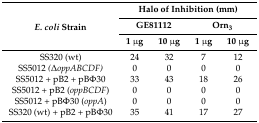
<table><thead><tr><td rowspan="3"><b><i>E. coli</i> Strain</b></td><td colspan="4"><b>Halo of Inhibition (mm)</b></td></tr><tr><td colspan="2"><b>GE81112</b></td><td colspan="2"><b>Orn<sub>3</sub></b></td></tr><tr><td><b>1 μg</b></td><td><b>10 μg</b></td><td><b>1 μg</b></td><td><b>10 μg</b></td></tr></thead><tbody><tr><td>SS320 (wt)</td><td>24</td><td>32</td><td>7</td><td>12</td></tr><tr><td>SS5012 <i>(</i><i>Δ</i><i>oppABCDF)</i></td><td>0</td><td>0</td><td>0</td><td>0</td></tr><tr><td>SS5012 + pB2 + pBΦ30</td><td>33</td><td>43</td><td>18</td><td>26</td></tr><tr><td>SS5012 + pB2 (<i>oppBCDF</i>)</td><td>0</td><td>0</td><td>0</td><td>0</td></tr><tr><td>SS5012 + pBΦ30 (<i>oppA</i>)</td><td>0</td><td>0</td><td>0</td><td>0</td></tr><tr><td>SS320 (wt) + pB2 + pBΦ30</td><td>35</td><td>41</td><td>17</td><td>27</td></tr></tbody></table>